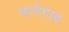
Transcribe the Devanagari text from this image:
मानेगाव